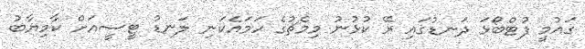
ގައުމީ ފުޓްބޯޅަ ދަނޑުގައި ރޭ ކުޅުނު މިމެޗުގެ ހަމައެކަނި ލަނޑު ޓީސީއަށް ކާމިޔާބު